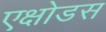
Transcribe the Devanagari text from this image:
एक्षोडस